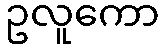
ဥလူကော